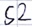
Text: S2